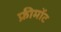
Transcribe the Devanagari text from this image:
फ्रीमोंट